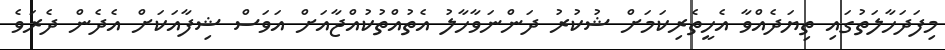
މިފަދަހާލަތުގައި ތިޔަދެއްވާ އެހީތެރިކަމަށް ޝުކުރު ދަންނަވާހާލު އެތުއްތުކުއްޖާއަށް އަވަސް ޝިފާއަކަށް އެދެން ދެރަވެ